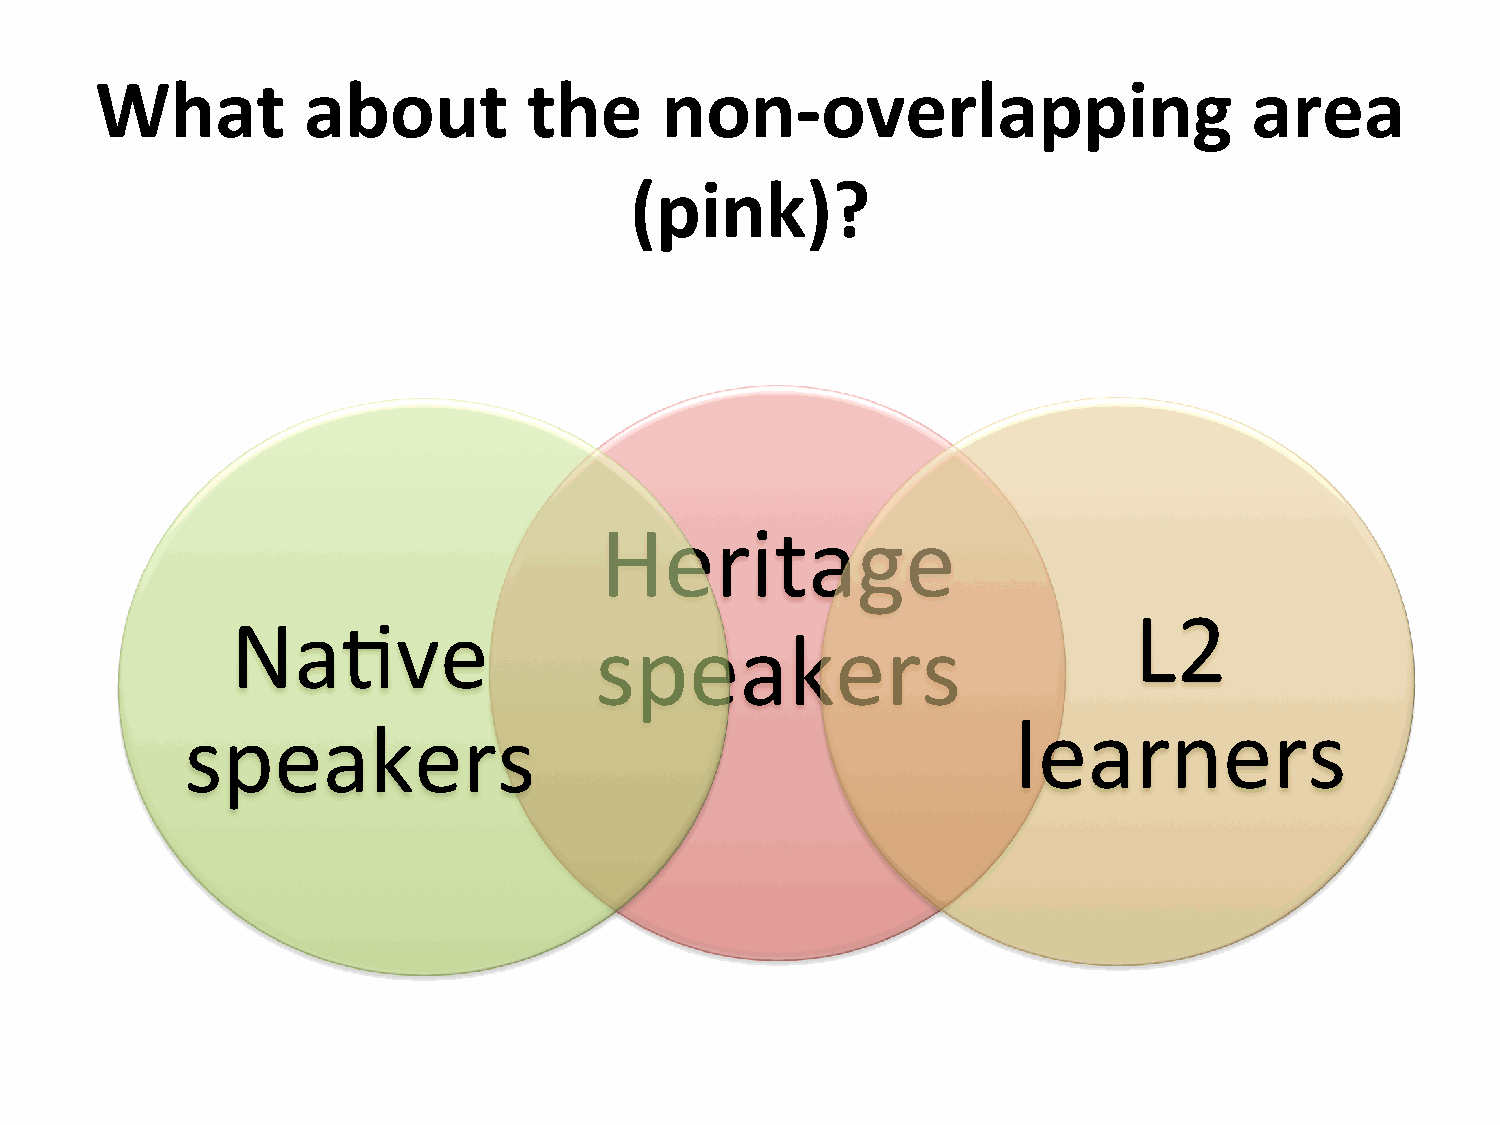
What          about          the      non-­‐overlapping                      area
 (pink)?
 Heritage
 L2
 Na=ve
 speakers
 speakers                                               learners